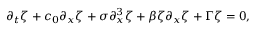
\partial _ { t } \zeta + c _ { 0 } \partial _ { x } \zeta + \sigma \partial _ { x } ^ { 3 } \zeta + \beta \zeta \partial _ { x } \zeta + \Gamma \zeta = 0 ,